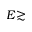
E { \gtrsim }